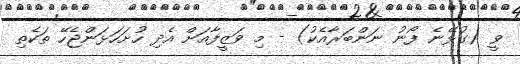
ވީ (ގުޅޭނެ ފޯނު ނަންބަރާއެކު) - މި ވަޒީފާއަށް އެދި ހުށަހަޅަންޖެހޭ ތަކެތި